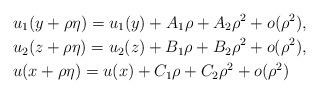
LaTeX: \begin{align*} &u_1(y+\rho\eta)=u_1(y)+A_1\rho+A_2\rho^{2}+o(\rho^{2}),\\&u_2 (z+\rho\eta)=u_2(z)+B_1\rho+B_2\rho^{2}+o(\rho^{2}),\\&u(x+\rho\eta)=u(x)+C_1\rho+C_2\rho^{2}+o(\rho^{2})\end{align*}